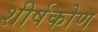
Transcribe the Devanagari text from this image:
शीर्षकोण